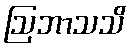
ဩဘာသသိ